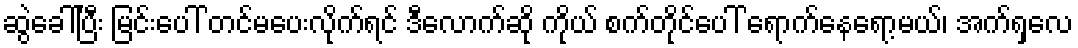
ဆွဲခေါ်ပြီး မြင်းပေါ် တင်မပေးလိုက်ရင် ဒီလောက်ဆို ကိုယ် စက်တိုင်ပေါ် ရောက်နေရော့မယ်၊ အက်ရှလေ